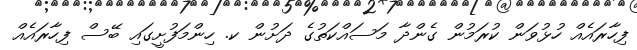
ފިހާރައެއް ހުޅުވަން ކުރަމުން ގެންދާ މަސައްކަތުގެ ދަށުން ކ. ހިންމަފުށީގައި ބޭސް ފިހާރައެއް